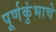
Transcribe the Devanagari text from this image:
पूर्णकुंभाचे